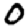
Digit: 0